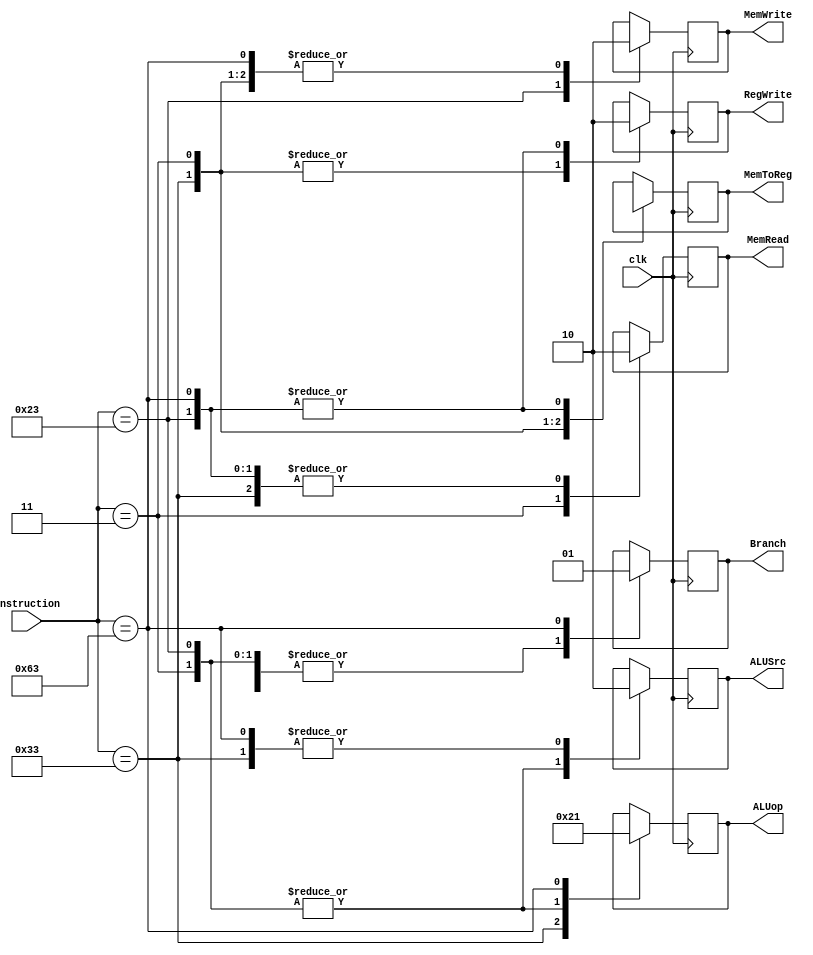
 
module Controler(clk,instruction,ALUop,RegWrite,MemRead,MemWrite,MemToReg,ALUSrc,Branch);
  
  input clk;
  input [6:0] instruction ;
  output reg RegWrite,MemRead,MemWrite,MemToReg,ALUSrc,Branch;
  output reg [1:0] ALUop;
  
  
  always@(posedge clk)
  case(instruction)
    
    7'b0110011 :begin
         ALUop = 2;
         RegWrite = 1;
         MemRead = 0;
         MemWrite = 0;
         MemToReg = 0;
         ALUSrc = 0;
         Branch = 0;
        end 
        
    7'b0000011 : begin
        ALUop = 0;
        RegWrite = 1;
        MemRead = 1;
        MemWrite = 0;
        MemToReg = 1;
        ALUSrc = 1;
        Branch = 0;
        end
        
    7'b0100011 :begin
        ALUop = 0;
        RegWrite = 0;
        MemRead = 0;
        MemWrite = 1;
        MemToReg = 1'bx;
        ALUSrc = 1;
        Branch = 0;
        end
        
    7'b1100011 :begin
         ALUop = 1;
         RegWrite = 0;
         MemRead = 0;
         MemWrite = 0;
         MemToReg = 1'bx;
         ALUSrc = 0;
         Branch = 1;
        end
  endcase
    
endmodule